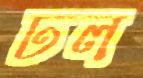
ঢল